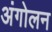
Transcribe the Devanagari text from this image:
अंगोलन